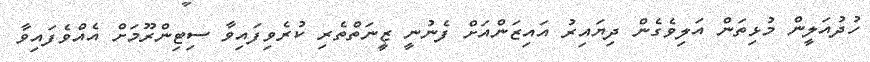
ހުދުއަލީން މުޅިތަން އަލިވެގެން ދިޔައިރު އައިޒަންއަށް ފެނުނީ ޒީނަތްތެރި ކުރެވިފައިވާ ސިޓިންރޫމަށް އެއްވެފައިވާ